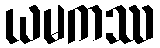
ယမကဿ